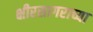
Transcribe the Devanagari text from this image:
क्षीरसागराच्या